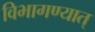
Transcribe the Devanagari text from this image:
विभागण्यात्